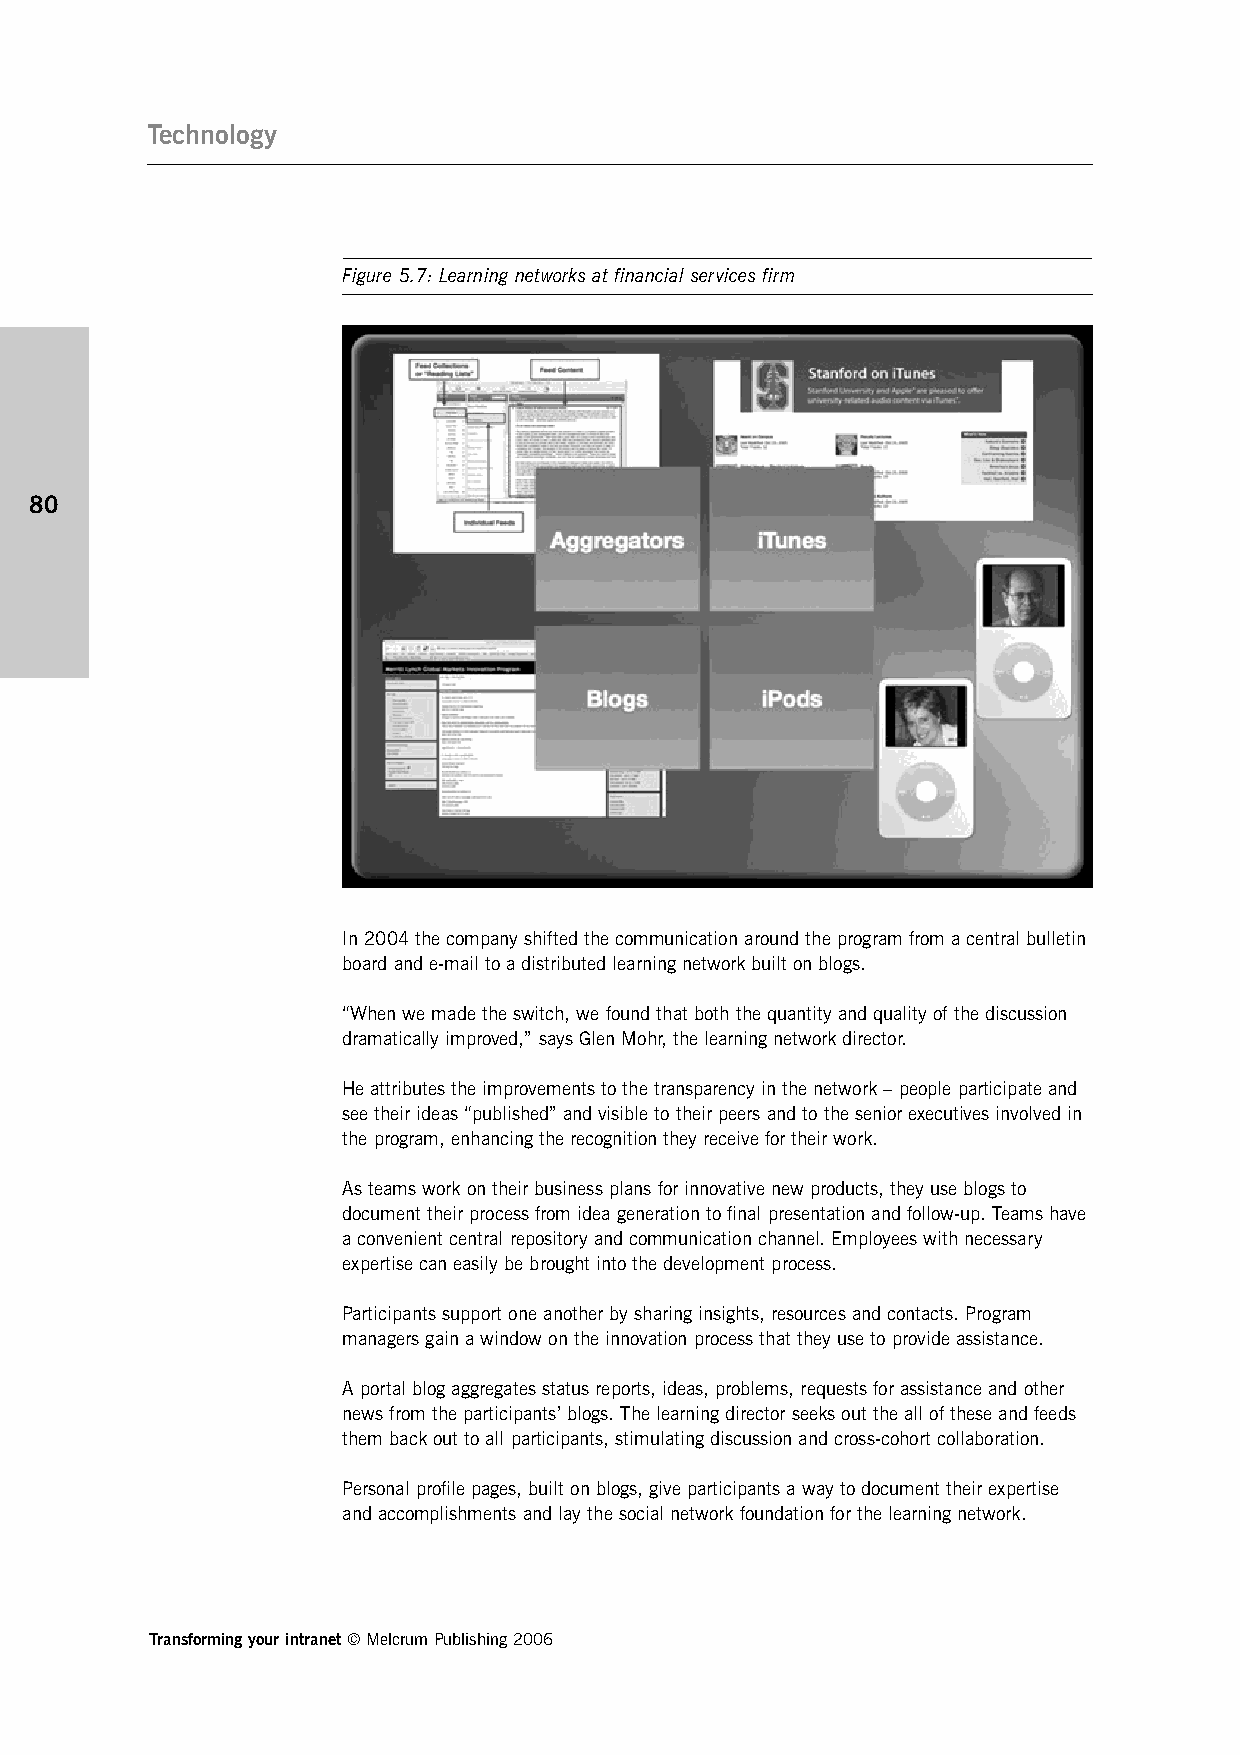
Technology
 Figure 5.7: Learning networks at financial services firm
 80
 In 2004 the company shifted the communication around the program from a central bulletin
 board and e-mail to a distributed learning network built on blogs.
 “When we made the switch, we found that both the quantity and quality of the discussion
 dramatically improved,” says Glen Mohr, the learning network director.
 He attributes the improvements to the transparency in the network – people participate and
 see their ideas “published” and visible to their peers and to the senior executives involved in
 the program, enhancing the recognition they receive for their work.
 As teams work on their business plans for innovative new products, they use blogs to
 document their process from idea generation to final presentation and follow-up. Teams have
 a convenient central repository and communication channel. Employees with necessary
 expertise can easily be brought into the development process.
 Participants support one another by sharing insights, resources and contacts. Program
 managers gain a window on the innovation process that they use to provide assistance.
 A portal blog aggregates status reports, ideas, problems, requests for assistance and other
 news from the participants’ blogs. The learning director seeks out the all of these and feeds
 them back out to all participants, stimulating discussion and cross-cohort collaboration.
 Personal profile pages, built on blogs, give participants a way to document their expertise
 and accomplishments and lay the social network foundation for the learning network.
 Transforming your intranet © Melcrum Publishing 2006